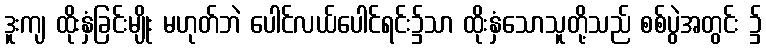
ဒူးကျ ထိုးနှံခြင်းမျိုး မဟုတ်ဘဲ ပေါင်လယ်ပေါင်ရင်း၌သာ ထိုးနှံသောသူတို့သည် စစ်ပွဲအတွင်း ၌